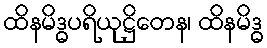
ထိနမိဒ္ဓပရိယုဋ္ဌိတေန၊ ထိနမိဒ္ဓ